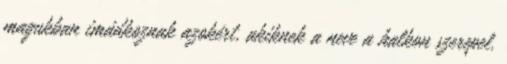
magukban imádkoznak azokért, akiknek a neve a halkon szerepel.